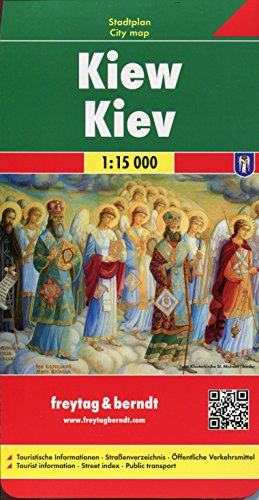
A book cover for Kiev (City Map); Freytag-Berndt und Artaria; Travel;